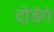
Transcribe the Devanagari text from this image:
दौड़ेंगे